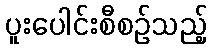
ပူးပေါင်းစီစဉ်သည့်